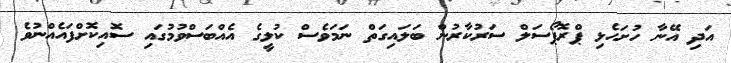
އަދި އޭނާ ހުށަހެޅި ޕްރޮޕޯސަލް ސަރުކާރުން ބަލައިގަތް ނަމަވެސް ކުލީގެ އެއްބަސްވުމުގައި ސޮއިކޮށްފައެއްނުވެ